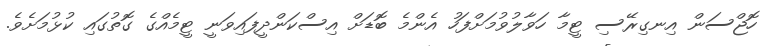
ހޮޖްސަން އިނގިރޭސި ޓީމާ ހަވާލުވުމަށްފަހު އެންމެ ބޮޑަށް އިސްކަންދީފައިވަނީ ޓީމެއްގެ ގޮތުގައި ކުޅުމަށެވެ.